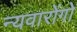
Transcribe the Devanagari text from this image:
न्यवारोंगो